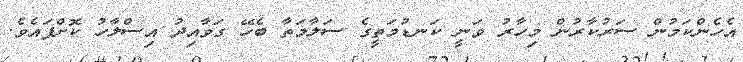
އެހެންކަމުން ސަރުކާރުން މިހާރު ވަނީ ކަނޑުމަތީގެ ސަލާމަތާ ބެހޭ ގަވާއިދު އިސްލާހު ކޮށްފައެވެ.